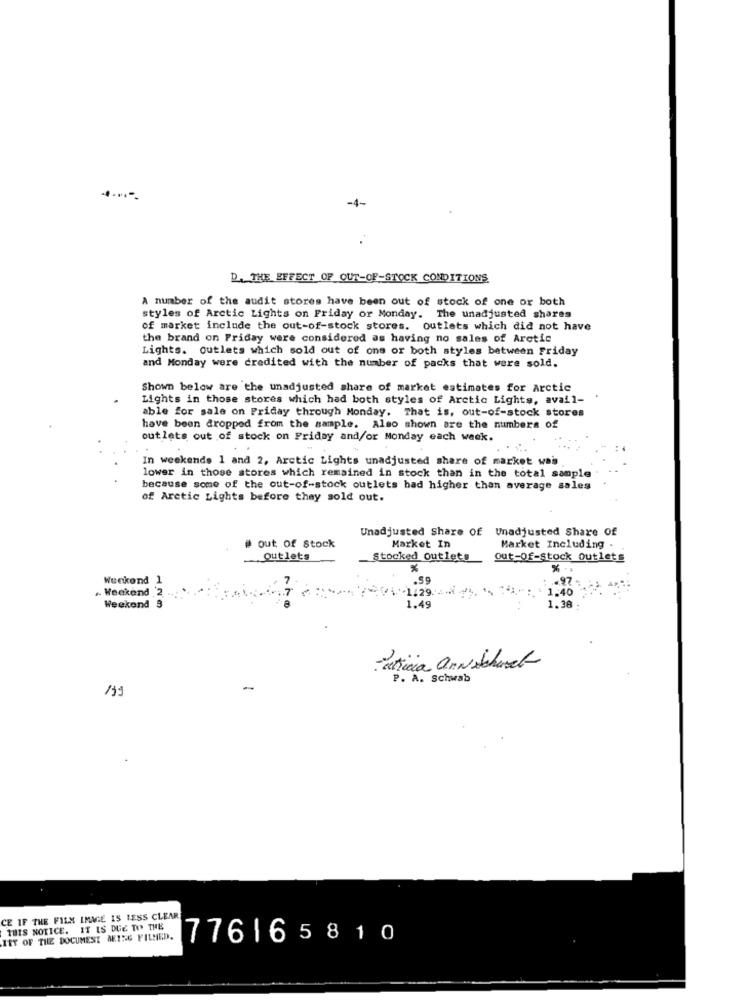
-4-
D. THE EFFECT OF OUT-OF-STOCK CONDITIONS
A number of the audit stores have been out of stock of one or both
styles of Arctic Lights on Friday or Monday. The unadjusted shares
of market include the out-of-stock stores. outlets which did not have
the brand on Friday were considered as having no sales of Arctic
Lights. outlets which sold out of one or both styles between Friday
and Monday were credited with the number of packs that were sold.
Shown below are the unadjusted share of market estimates for Arctic
Lights in those stores which had both styles of Arctic Lights, avail-
able for sale on Friday through Monday. That is, out-of-stock stores
have been dropped from the sample. Also shown are the numbers of
outlets out of stock on Friday and/or Monday each week.
In weekends 1 and 2, Arctic Lights unadjusted share of market wais
lower in those stores which remained in stock than in the total sample
because some of the out-of-stock outlets bad higher than average sales
of Arctic Lights before they sold out.
Unadjusted Share Of
Unadjusted Share Of
out of Stock
Market In
Market Including .
Outlets
Stocked outlets
out-Of-stock Outlets
%
Wenkend 1
.55
. Weekend 2
01-1129.44
1.40
Weekend 3
1.49
1.38
Patricia anwithwet
P. A. schwab
199
CE IF THE FILM IMAGE IS LESS CLEAR
THIS NOTICE. IT IS DUE TO THE
TET OF THE DOCUMENT BEING FILMED.
776165810